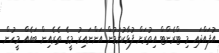
އުފައްދައި މި ޓްރެންޓް އިތުރަށް ފުޅާކުރަމުން އަންނައިރު މީގެ ތެރެއިން ބައެއް މީހުން